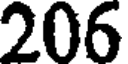
206